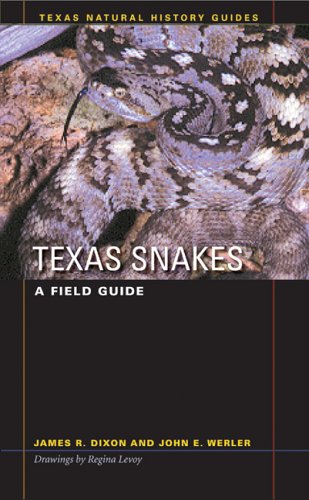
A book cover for Texas Snakes: A Field Guide (Texas Natural History Guides(TM)); James R. Dixon; Science & Math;